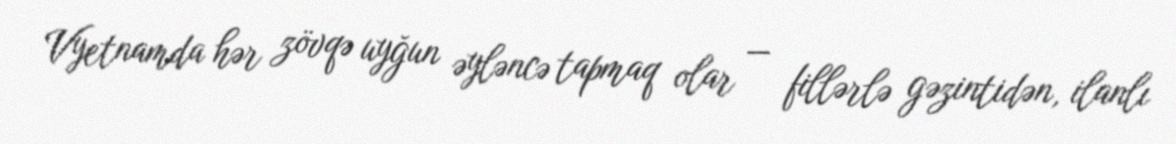
Vyetnamda hər zövqə uyğun əyləncə tapmaq olar — fillərlə gəzintidən, ilanlı